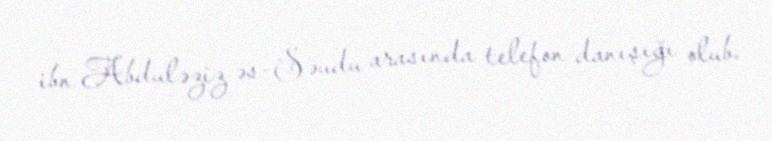
ibn Abduləziz əs-Səudu arasında telefon danışığı olub.